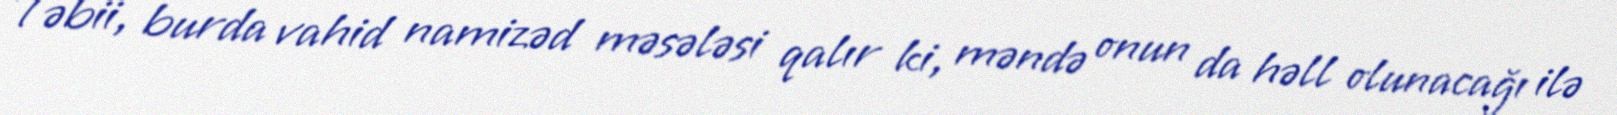
Təbii, burda vahid namizəd məsələsi qalır ki, məndə onun da həll olunacağı ilə